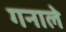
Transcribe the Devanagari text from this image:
गनाले